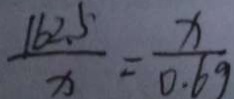
\frac { 1 6 2 . 5 } { x } = \frac { x } { 0 . 6 9 }